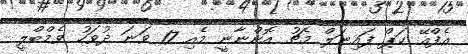
އެފްއޭ ކަޕް ފައިނަލް މެޗު އޮންނާނީ މެއި 17 ވަނަ ދުވަހު ވެމްބްލީ